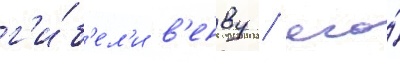
г'и́б'ел'и в'енву / его́